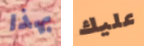
بهذا عليك